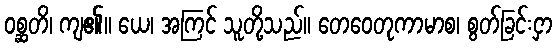
ဝစ္ဆတိ၊ ကျ၏။ ယေ၊ အကြင် သူတို့သည်။ တေဝေတုကာမာစ၊ စွတ်ခြင်းငှာ